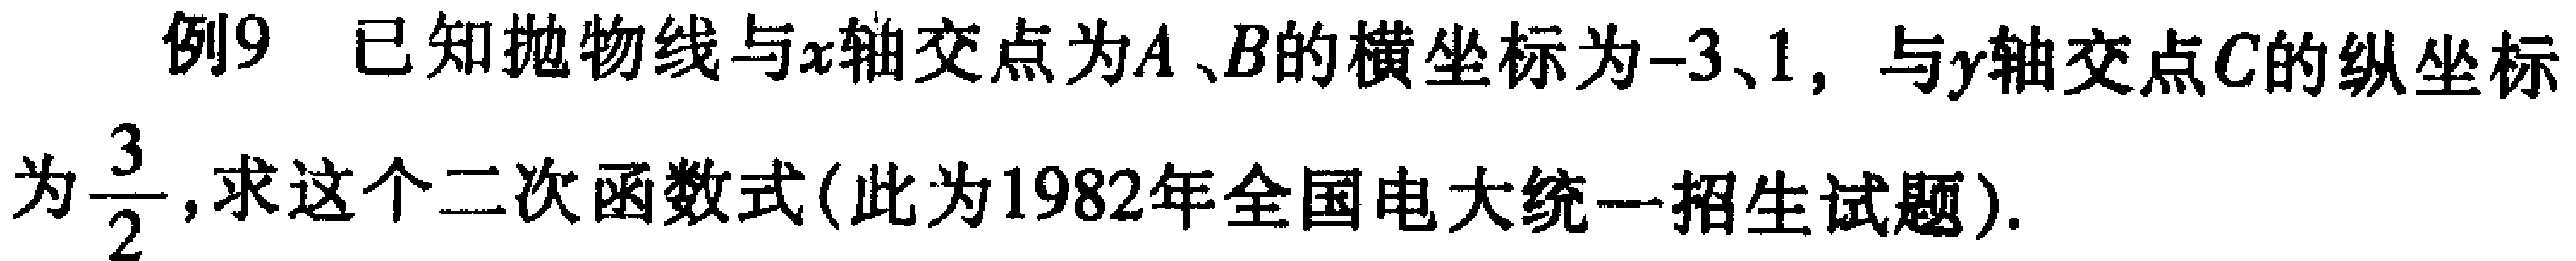
例9 已知抛物线与\(x\)轴交点为\(A、B\)的横坐标为\(-3、1\)，与\(y\)轴交点\(C\)的纵坐标为\(\frac{3}{2}\)，求这个二次函数式(此为1982年全国电大统一招生试题).